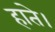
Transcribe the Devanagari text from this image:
हाते।